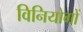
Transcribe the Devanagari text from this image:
विनियोगों